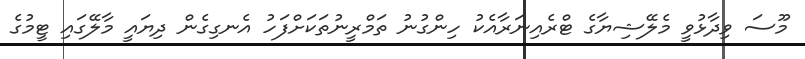
މޫސަ ވިދާޅުވީ މެލޭޝިޔާގެ ޓްރެއިނަރާއެކު ހިންގުނު ތަމްރީނުތަކަށްފަހު އެނގިގެން ދިޔައީ މާލޭގައި ޓީމުގެ